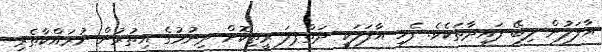
އާފަލުން ލިބޭ ފައިދާތަކެވެ. ފެހި އާފަލަކީ ދަތްޕލަ ރީތިކޮށް ދިނުމުގެ އިތުރުން ނުރައްކާތެރި